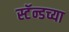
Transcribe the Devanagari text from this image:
स्टॅन्डच्या